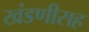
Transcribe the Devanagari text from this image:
खंडणीसह